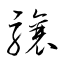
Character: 驤